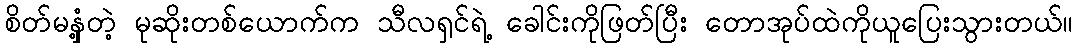
စိတ်မနှံ့တဲ့ မုဆိုးတစ်ယောက်က သီလရှင်ရဲ့ ခေါင်းကိုဖြတ်ပြီး တောအုပ်ထဲကိုယူပြေးသွားတယ်။